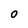
Character: O